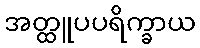
အတ္ထူပပရိက္ခာယ